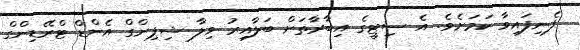
ފެނިފައިވާ ކަމަށެވެ. އެ ސިޓީގެ އިބާރާތަށް ބަލާއިރު ވިލާ ޝިޕިންގް އެންޑް ޓްރޭޑިންގް